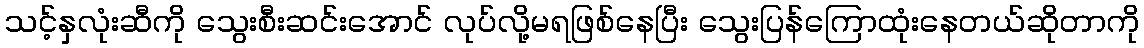
သင့်နှလုံးဆီကို သွေးစီးဆင်းအောင် လုပ်လို့မရဖြစ်နေပြီး သွေးပြန်ကြောထုံးနေတယ်ဆိုတာကို